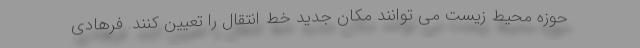
حوزه محیط زیست می توانند مکان جدید خط انتقال را تعیین کنند. فرهادی